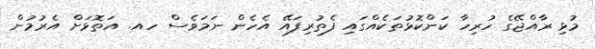
މުޅި ރާއްޖޭގެ ހުރިހާ ކަންކޮޅުތަކެއްގައި ފެތުރިފައޭ އެހެން ނަމަވެސް ހއ. އަތޮޅަށް އެރުމުން